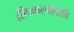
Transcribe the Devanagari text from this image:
द्वीपकल्पांपैकी